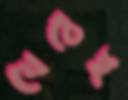
যেচেই